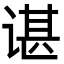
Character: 谌